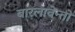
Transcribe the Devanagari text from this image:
बारलावेन्तो